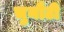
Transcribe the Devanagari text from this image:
चुनौटी